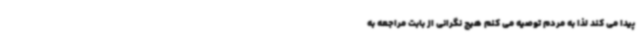
پیدا می کند لذا به مردم توصیه می کنم هیچ نگرانی از بابت مراجعه به